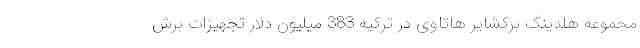
مجموعه هلدینگ برکشایر هاتاوی در ترکیه 383 میلیون دلار تجهیزات برش